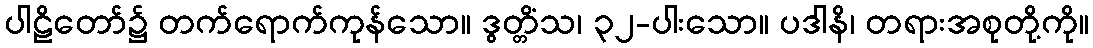
ပါဠိတော်၌ တက်ရောက်ကုန်သော။ ဒွတ္တိံသ၊ ၃၂-ပါးသော။ ပဒါနိ၊ တရားအစုတို့ကို။